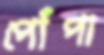
পোঁপা